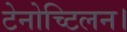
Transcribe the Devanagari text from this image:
टेनोच्टिलन।